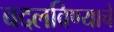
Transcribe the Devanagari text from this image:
बदलविण्याचे